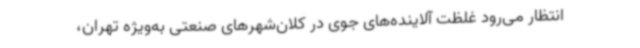
انتظار می‌رود غلظت آلاینده‌های جوی در کلان‌شهرهای صنعتی به‌ویژه تهران،